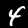
Digit: 4